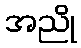
အညို